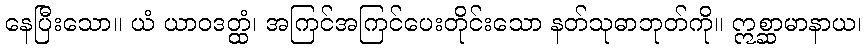
နေပြီးသော။ ယံ ယာဝဒတ္ထံ၊ အကြင်အကြင်ပေးတိုင်းသော နတ်သုဓာဘုတ်ကို။ ဣစ္ဆာမာနာယ၊